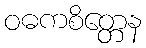
ဝဓကစိတ္တေန